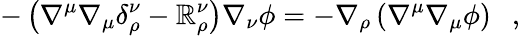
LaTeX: -\left(\nabla^{\mu}\nabla_{\mu}\delta_{\rho}^{\nu}-\mathbb{R}_{\rho}^{\nu}\right)\nabla_{\nu}\phi=-\nabla_{\rho}\left(\nabla^{\mu}\nabla_{\mu}\phi\right)~~~,